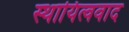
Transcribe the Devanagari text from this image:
स्थायित्ववाद